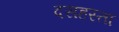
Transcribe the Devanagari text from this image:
दसहस्ता